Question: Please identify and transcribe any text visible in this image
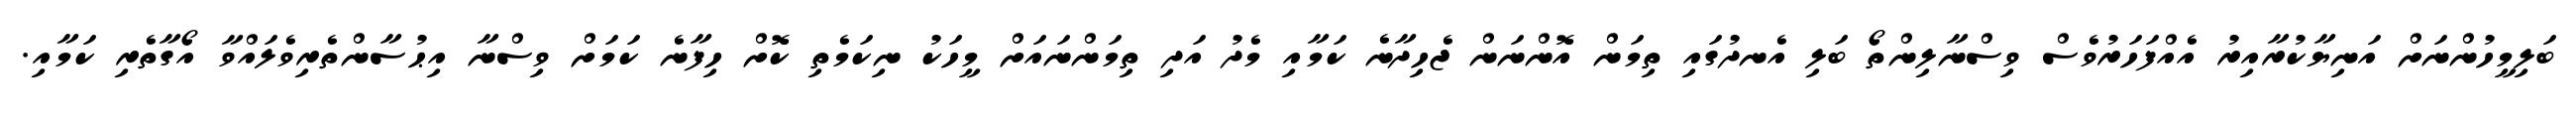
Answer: ބަލިމީހުންނަށް އަނިޔާކުރާއިރު އެއްފަހަރުވެސް ވިސްނާލިންތޯ ބަލި އެނދުގައި ތިމަން އޮންނަން ޖެހިދާނެ ކަމާއި މެދު އަދި ތިމަންނައަށް މީހަކު ނިކަމެތި ކޮށް ހިފާނެ ކަމަށް ވިސްނާ އިޙުސާންތެރިވެލައްވާ އޯގާތެރި ކަމާއި.